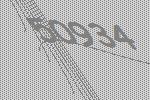
50934